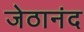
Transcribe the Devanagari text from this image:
जेठानंद